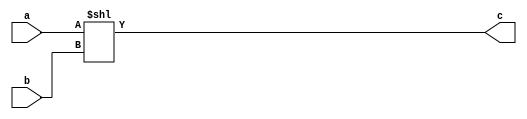
module shift_left_logical(input[31:0] a,input[31:0] b,output[31:0] c);
    assign c = a << b;
endmodule